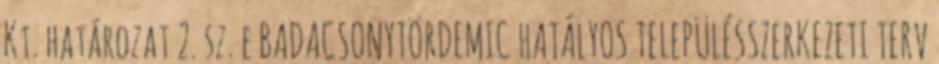
Kt. határozat 2. sz. e BADACSONYTÖRDEMIC HATÁLYOS TELEPÜLÉSSZERKEZETI TERV